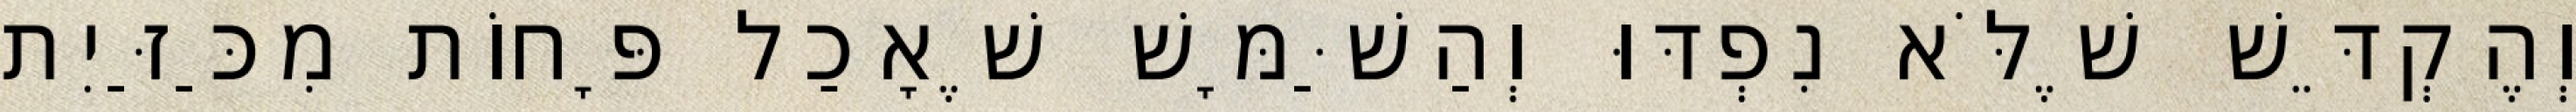
וְהֶקְדֵּשׁ שֶׁלֹּא נִפְדּוּ וְהַשַּׁמָּשׁ שֶׁאָכַל פָּחוֹת מִכַּזַּיִת